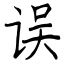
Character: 误